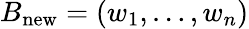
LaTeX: B_{\mathrm{new}}=(w_{1},\ldots,w_{n})